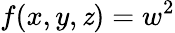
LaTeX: f(x,y,\mathit{z})=w^{2}